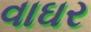
વાઘર